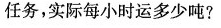
任务，实际每小时运多少吨?